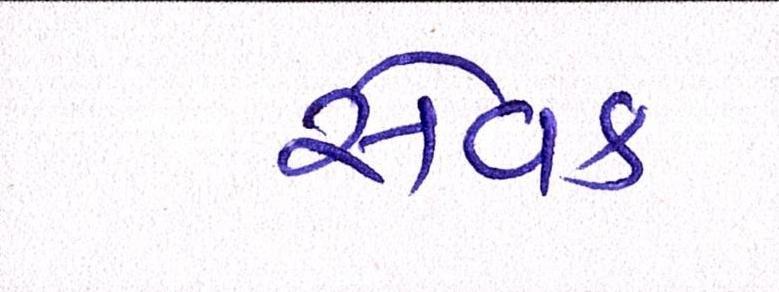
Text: સેવક